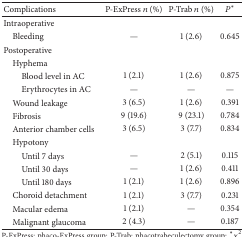
| Complications | P-ExPress n (%) | P-Trab n (%) | P∗ |
 | --- | --- | --- | --- |
 | Intraoperative |  |  |  |
 | Bleeding | — | 1 (2.6) | 0.645 |
 | Postoperative |  |  |  |
 | Hyphema |  |  |  |
 | Blood level in AC | 1 (2.1) | 1 (2.6) | 0.875 |
 | Erythrocytes in AC | — | — | — |
 | Wound leakage | 3 (6.5) | 1 (2.6) | 0.391 |
 | Fibrosis | 9 (19.6) | 9 (23.1) | 0.784 |
 | Anterior chamber cells | 3 (6.5) | 3 (7.7) | 0.834 |
 | Hypotony |  |  |  |
 | Until 7 days | — | 2 (5.1) | 0.115 |
 | Until 30 days | — | 1 (2.6) | 0.411 |
 | Until 180 days | 1 (2.1) | 1 (2.6) | 0.896 |
 | Choroid detachment | 1 (2.1) | 3 (7.7) | 0.231 |
 | Macular edema | 1 (2.1) | — | 0.354 |
 | Malignant glaucoma | 2 (4.3) | — | 0.187 |